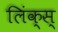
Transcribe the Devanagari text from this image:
लिंक्स्